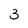
Character: 3